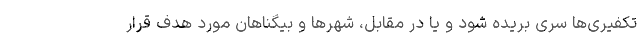
تکفیری‌ها سری بریده شود و یا در مقابل، شهرها و بیگناهان مورد هدف قرار